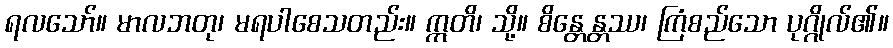
ရလသော်။ မာလဘတု၊ မရပါစေသတည်း။ ဣတိ၊ သို့။ စိန္တေန္တဿ၊ ကြံစည်သော ပုဂ္ဂိုလ်၏။